Lunatic asylums Punjab 1911-1921 - 1911-1921
Year: 1911
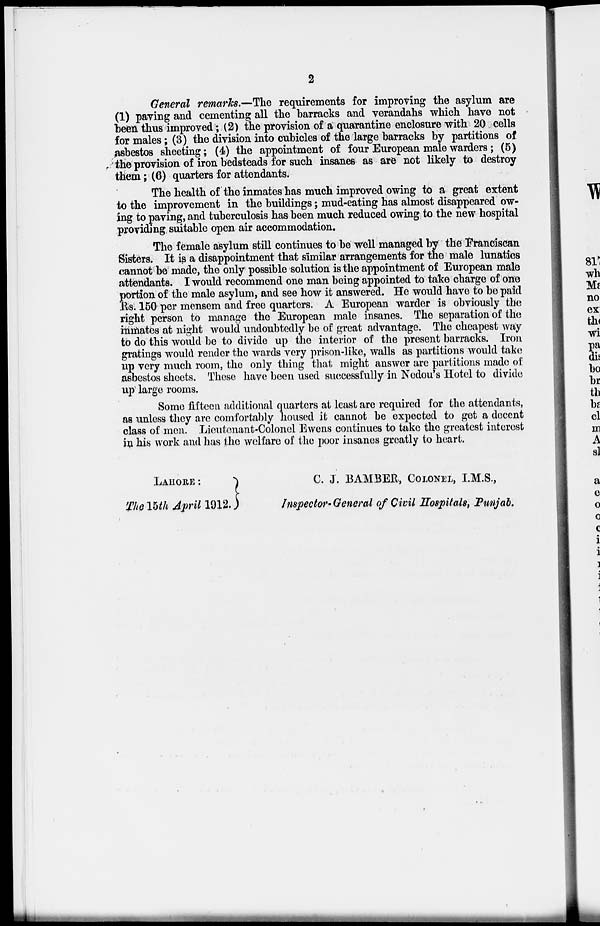
2
General remarks.—The requirements for improving the asylum are
(1) paving and cementing all the barracks and verandahs which have not
been thus improved; (2) the provision of a quarantine enclosure with 20 cells
for males; (3) the division into cubicles of the large barracks by partitions of
asbestos sheeting; (4) the appointment of four European male warders; (5)
the provision of iron bedsteads for such insanes as are not likely to destroy
them; (6) quarters for attendants.
The health of the inmates has much improved owing to a great extent
to the improvement in the buildings; mud-eating has almost disappeared ow-
ing to paving, and tuberculosis has been much reduced owing to the new hospital
providing suitable open air accommodation.
The female asylum still continues to be well managed by the Franciscan
Sisters. It is a disappointment that similar arrangements for the male lunatics
cannot be made, the only possible solution is the appointment of European male
attendants. I would recommend one man being appointed to take charge of one
portion of the male asylum, and see how it answered. He would have to be paid
Rs. 150 per mensem and free quarters. A European warder is obviously the
right person to manage the European male insanes. The separation of the
inmates at night would undoubtedly be of great advantage. The cheapest way
to do this would be to divide up the interior of the present barracks. Iron
gratings would render the wards very prison-like, walls as partitions would take
up very much room, the only thing that might answer are partitions made of
asbestos sheets. These have been used successfully in Nedou's Hotel to divide
up large rooms.
Some fifteen additional quarters at least are required for the attendants,
as unless they are comfortably housed it cannot be expected to get a decent
class of men. Lieutenant-Colonel Ewens continues to take the greatest interest
in his work and has the welfare of the poor insanes greatly to heart.
LAHORE:
The 15th April 1912.
C. J. BAMBER, COLONEL, I.M.S.,
Inspector-General of Civil Hospitals, Punjab.